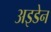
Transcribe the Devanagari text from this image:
अइडेन